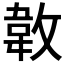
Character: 𢾝